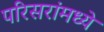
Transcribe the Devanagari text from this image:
परिसरांमध्ये